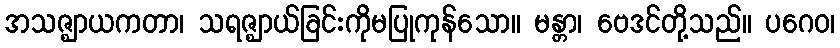
အသဇ္ဈာယကတာ၊ သရဇ္ဈာယ်ခြင်းကိုမပြုကုန်သော။ မန္တာ၊ ဗေဒင်တို့သည်။ ပဂေဝ၊